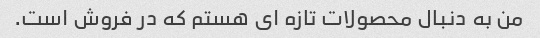
من به دنبال محصولات تازه ای هستم که در فروش است.